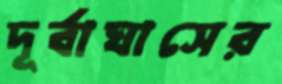
দূর্বাঘাসের